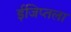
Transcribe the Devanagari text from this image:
ईजिप्तला